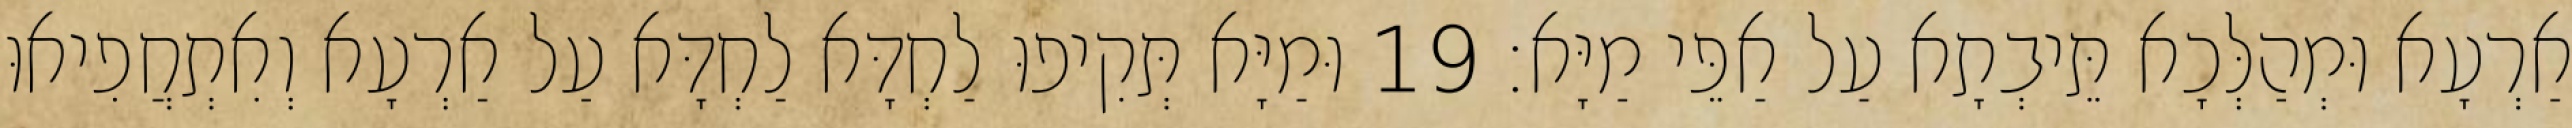
אַרְעָא וּמְהַלְּכָא תֵּיבְתָא עַל אַפֵּי מַיָּא׃ 19 וּמַיָּא תְּקִיפוּ לַחְדָּא לַחְדָּא עַל אַרְעָא וְאִתְחֲפִיאוּ